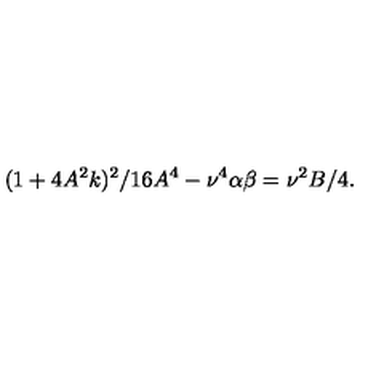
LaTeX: ( 1 + 4 A ^ { 2 } k ) ^ { 2 } / 1 6 A ^ { 4 } - \nu ^ { 4 } \alpha \beta = \nu ^ { 2 } B / 4 .